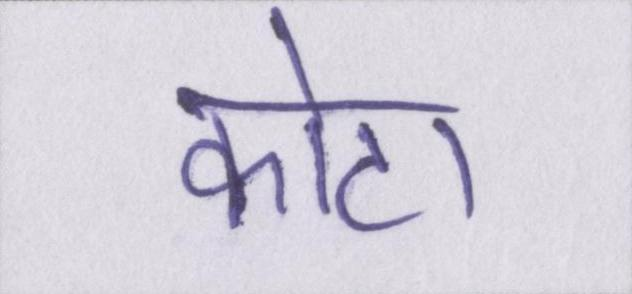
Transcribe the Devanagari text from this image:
कोटा